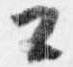
工